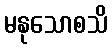
မနုသောစသိ